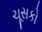
ચૂસકો